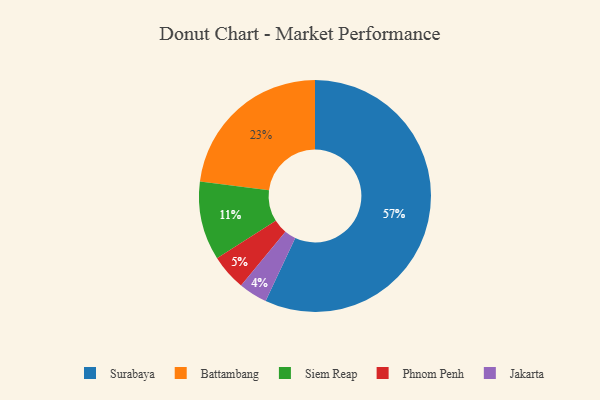
{"axis": {"x": "Category", "y": "Percentage"}, "legend": ["Battambang", "Jakarta", "Phnom Penh", "Siem Reap", "Surabaya"], "data": [{"x": "Surabaya", "y": 57, "type": "Surabaya"}, {"x": "Phnom Penh", "y": 5, "type": "Phnom Penh"}, {"x": "Battambang", "y": 23, "type": "Battambang"}, {"x": "Siem Reap", "y": 11, "type": "Siem Reap"}, {"x": "Jakarta", "y": 4, "type": "Jakarta"}]}